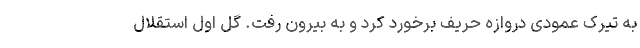
به تیرک عمودی دروازه حریف برخورد کرد و به بیرون رفت. گل اول استقلال